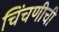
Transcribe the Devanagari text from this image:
चिंचणीची